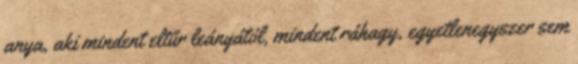
anya, aki mindent eltűr leányától, mindent ráhagy, egyetlenegyszer sem